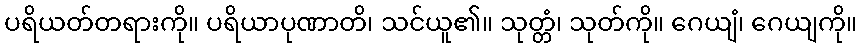
ပရိယတ်တရားကို။ ပရိယာပုဏာတိ၊ သင်ယူ၏။ သုတ္တံ၊ သုတ်ကို။ ဂေယျံ၊ ဂေယျကို။